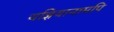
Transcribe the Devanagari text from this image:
यज्ञियानामपि